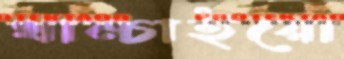
খাম্‌চাইয়ো